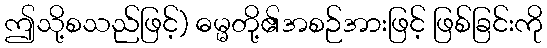
ဤသို့စသည်ဖြင့်) ဓမ္မတို့၏အစဉ်အားဖြင့် ဖြစ်ခြင်းကို